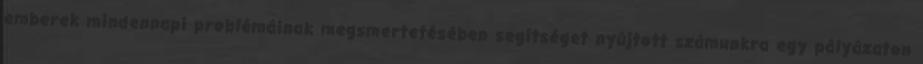
emberek mindennapi problémáinak megsmertetésében segítséget nyújtott számunkra egy pályázaton